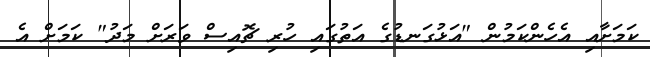
ކަމަށާއި އެހެންކަމުން "އަޅުގަނޑުގެ އަތުގައި ހުރި ޗޮއިސް ވަރަށް މަދު" ކަމަށް އެ